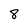
Character: 8